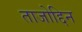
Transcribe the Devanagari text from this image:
ताजोद्दिन